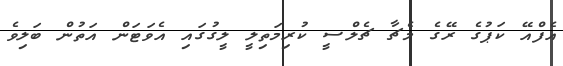
އެފްއޭ ކަޕުގެ ރޭގެ މެޗާ ޗެލްސީ ކުރިމަތިލީ ލީގުގައި އެވަޓަން އަތުން ބަލިވެ